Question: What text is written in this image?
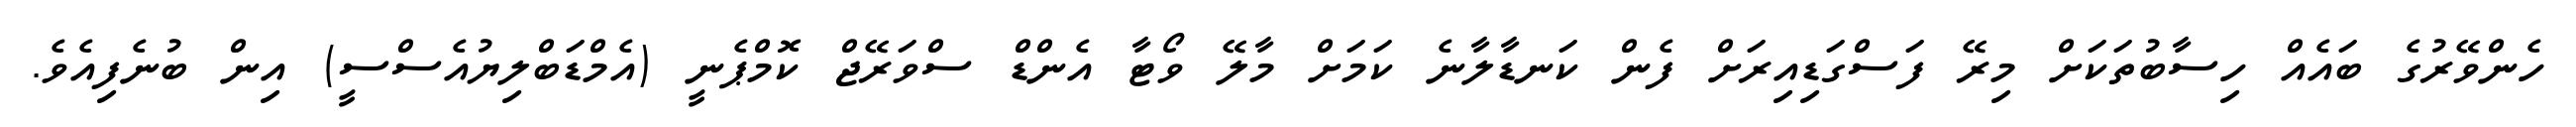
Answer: ހެންވޭރުގެ ބައެއް ހިސާބުތަކަށް މިރޭ ފަސްގަޑިއިރަށް ފެން ކަނޑާލާނެ ކަމަށް މާލޭ ވޯޓާ އެންޑް ސްވަރޭޖް ކޮމްޕެނީ (އެމްޑަބްލިޔުއެސްސީ) އިން ބުނެފިއެވެ.